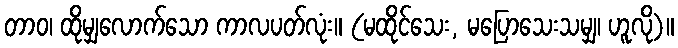
တာဝ၊ ထိုမျှလောက်သော ကာလပတ်လုံး။ (မထိုင်သေး, မပြောသေးသမျှ၊ ဟူလို)။